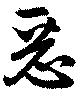
悪